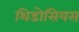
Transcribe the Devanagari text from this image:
थिडोसियस